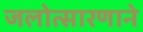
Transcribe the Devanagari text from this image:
जलोत्सारणाने